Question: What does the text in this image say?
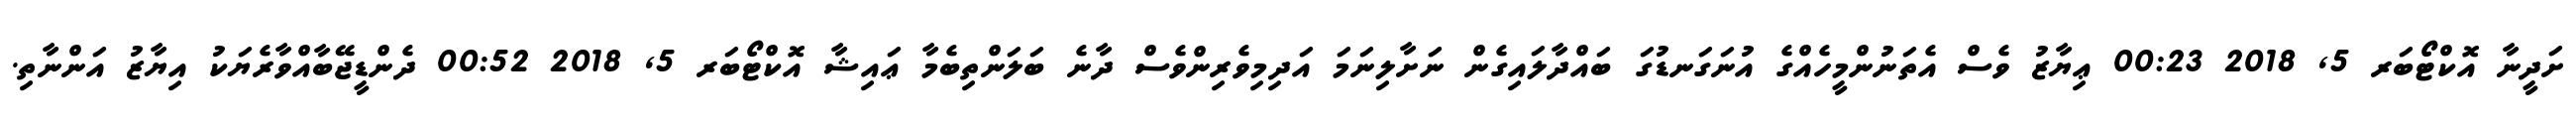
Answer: ށަދީނާ އޮކްޓޯބަރ 5, 2018 00:23 ޢިޔާޒު ވެސް އެތަނުންމީހެއްގެ އުނަގަނޑުގަ ބައްދާލައިގެން ނަށާލިނަމަ އަދިމިވެރިންވެސް ދާނެ ބަލަންތިބެމާ ޢައިޝާ އޮކްޓޯބަރ 5, 2018 00:52 ދެންޑީޖޭބާއްވާރެޔަކު އިޔާޒު އަންނާތި.